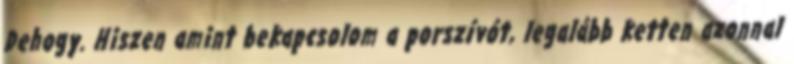
Dehogy. Hiszen amint bekapcsolom a porszívót, legalább ketten azonnal